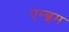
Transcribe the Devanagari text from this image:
एम्ब्लम